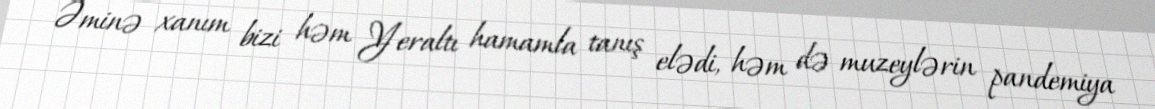
Əminə xanım bizi həm Yeraltı hamamla tanış elədi, həm də muzeylərin pandemiya